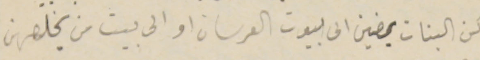
كن البنات يمضين الى بيوت العرسان او الى بيت من يخلصهن